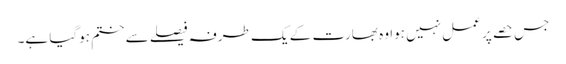
جس حصے پر عمل نہیں ہوا وہ بھارت کے یک طرفہ فیصلے سے ختم ہوگیا ہے۔